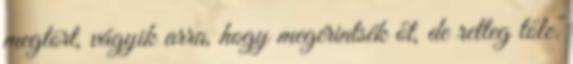
megtört, vágyik arra, hogy megérintsék őt, de retteg tőle.